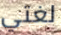
لغتي